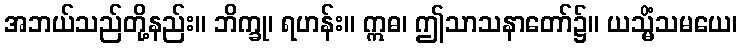
အဘယ်သည်တို့နည်း။ ဘိက္ခု၊ ရဟန်း။ ဣဓ၊ ဤသာသနာတော်၌။ ယသ္မိံသမယေ၊